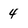
Character: 4